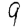
Digit: 9